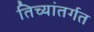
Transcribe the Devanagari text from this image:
तिच्यांतर्गत